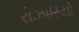
રોઝારિયો